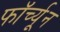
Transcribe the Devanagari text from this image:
फॉर्च्‍यून